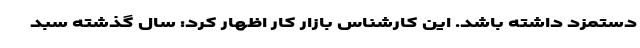
دستمزد داشته باشد. این کارشناس بازار کار اظهار کرد: سال گذشته سبد